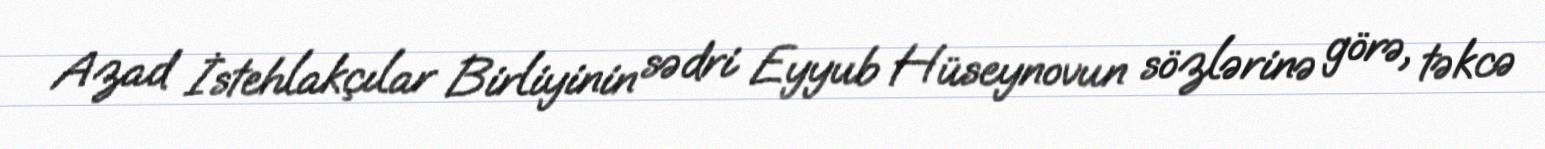
Azad İstehlakçılar Birliyinin sədri Eyyub Hüseynovun sözlərinə görə, təkcə